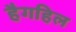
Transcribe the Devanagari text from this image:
हैगहिल